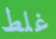
غلط